Civil Veterinary Dept. North-West Frontier Province 1901-22 - 1901-1922
Year: 1901
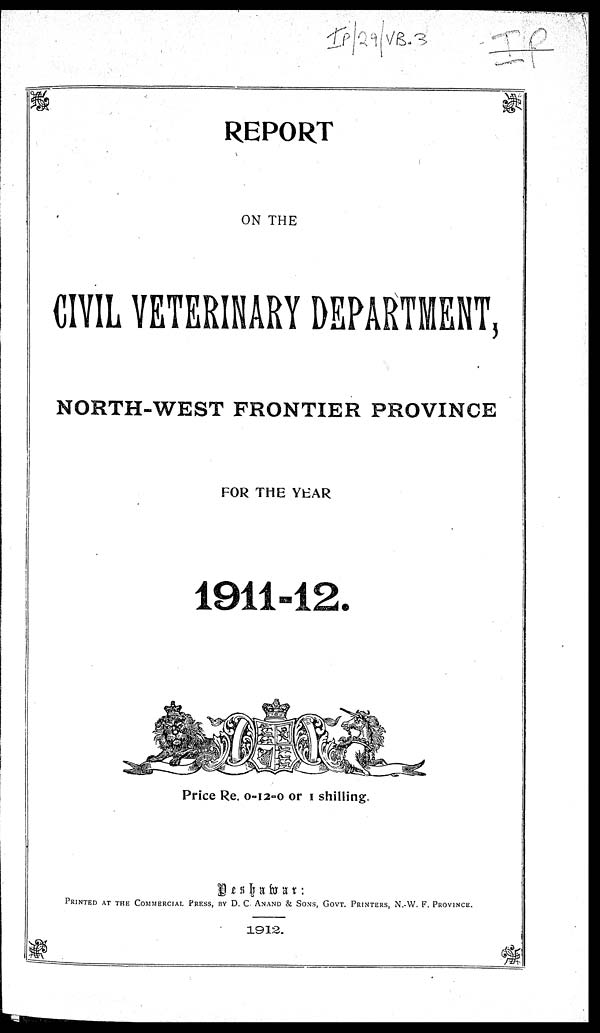
REPORT
ON THE
CIVIL VETERINARY DEPARTMENT,
NORTH-WEST FRONTIER PROVINCE
FOR THE YEAR
1911-12.
Price Re 0-12-0 or 1 shilling.
Peshawar :
PRINTED AT THE COMMERCIAL PRESS, BY D. C. ANAND & SONS, GOVT. PRINTERS, N. W. F. PROVINCE.
1912.